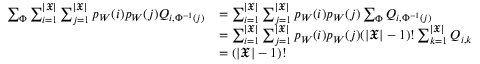
\begin{array} { r l } { \sum _ { \Phi } \sum _ { i = 1 } ^ { | \mathfrak { X } | } \sum _ { j = 1 } ^ { | \mathfrak { X } | } p _ { W } ( i ) p _ { W } ( j ) Q _ { i , \Phi ^ { - 1 } ( j ) } } & { = \sum _ { i = 1 } ^ { | \mathfrak { X } | } \sum _ { j = 1 } ^ { | \mathfrak { X } | } p _ { W } ( i ) p _ { W } ( j ) \sum _ { \Phi } Q _ { i , \Phi ^ { - 1 } ( j ) } } \\ & { = \sum _ { i = 1 } ^ { | \mathfrak { X } | } \sum _ { j = 1 } ^ { | \mathfrak { X } | } p _ { W } ( i ) p _ { W } ( j ) ( | \mathfrak { X } | - 1 ) ! \sum _ { k = 1 } ^ { | \mathfrak { X } | } Q _ { i , k } } \\ & { = ( | \mathfrak { X } | - 1 ) ! } \end{array}